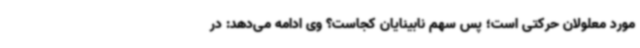
مورد معلولان حرکتی است؛ پس سهم نابینایان کجاست؟ وی ادامه می‌دهد: در